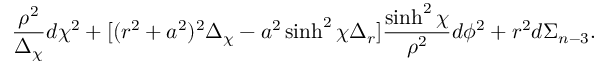
\frac { \rho ^ { 2 } } { \Delta _ { \chi } } d \chi ^ { 2 } + [ ( r ^ { 2 } + a ^ { 2 } ) ^ { 2 } \Delta _ { \chi } - a ^ { 2 } \sinh ^ { 2 } \chi \Delta _ { r } ] \frac { \sinh ^ { 2 } \chi } { \rho ^ { 2 } } d \phi ^ { 2 } + r ^ { 2 } d \Sigma _ { n - 3 } .